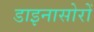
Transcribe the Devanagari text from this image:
डाइनासोरों